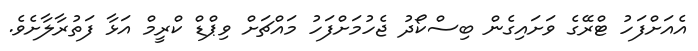
އެއަށްފަހު ޓްރޭގެ ވަށައިގެން ބިސްކޯދު ޖެހުމަށްފަހު މައްޗަށް ވިޕްޑް ކްރީމް އަޅާ ފަތުރާލާށެވެ.